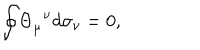
{ \oint } { \Theta } _ { { \mu } } ^ { \; \; { \nu } } d { \sigma } _ { \nu } = 0 ,